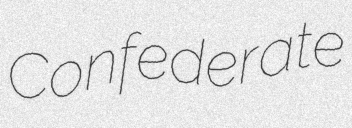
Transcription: Confederate